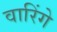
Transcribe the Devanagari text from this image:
वारिंगे